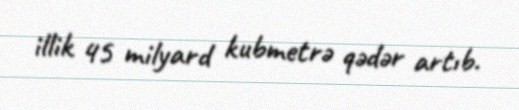
illik 45 milyard kubmetrə qədər artıb.